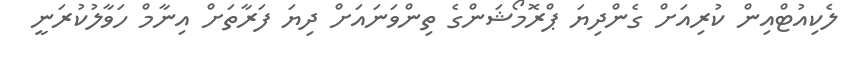
ލެކިއުޓްއިން ކުރިއަށް ގެންދިޔަ ޕްރޮމޯޝަންގެ ތިންވަނައަށް ދިޔަ ފަރާތަށް އިނާމް ހަވާލުކުރަނީ